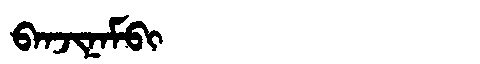
Manchu: ᠪᠠᠨᠵᡳᠨᠠᠮᠪᡳ
Romanization: BANJINAMBI